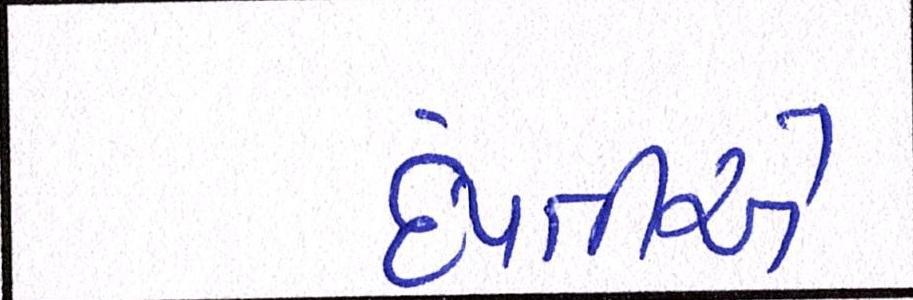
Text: દંપતીએ